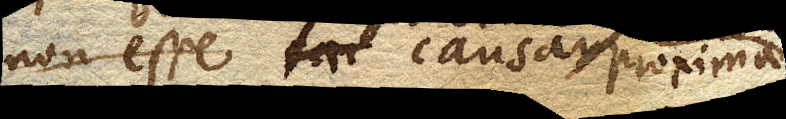
non esse causam proxima